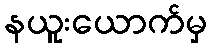
နယူးယောက်မှ